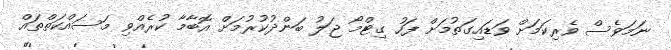
ނަމަވެސް ވެރިކަމަށް ވަޑައިގަތުމަށް ފަހު ގިޓްމޯ ޖަލު ބަންދުކުރުމަށް އޮބާމާ ކުރެއްވި މަސައްކަތްތައް